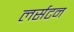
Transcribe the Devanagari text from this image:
लर्सटन